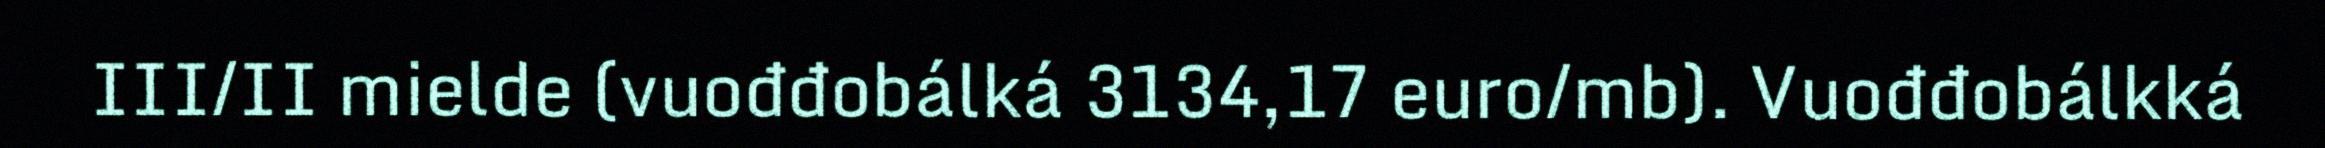
III/II mielde (vuođđobálká 3134,17 euro/mb). Vuođđobálkká